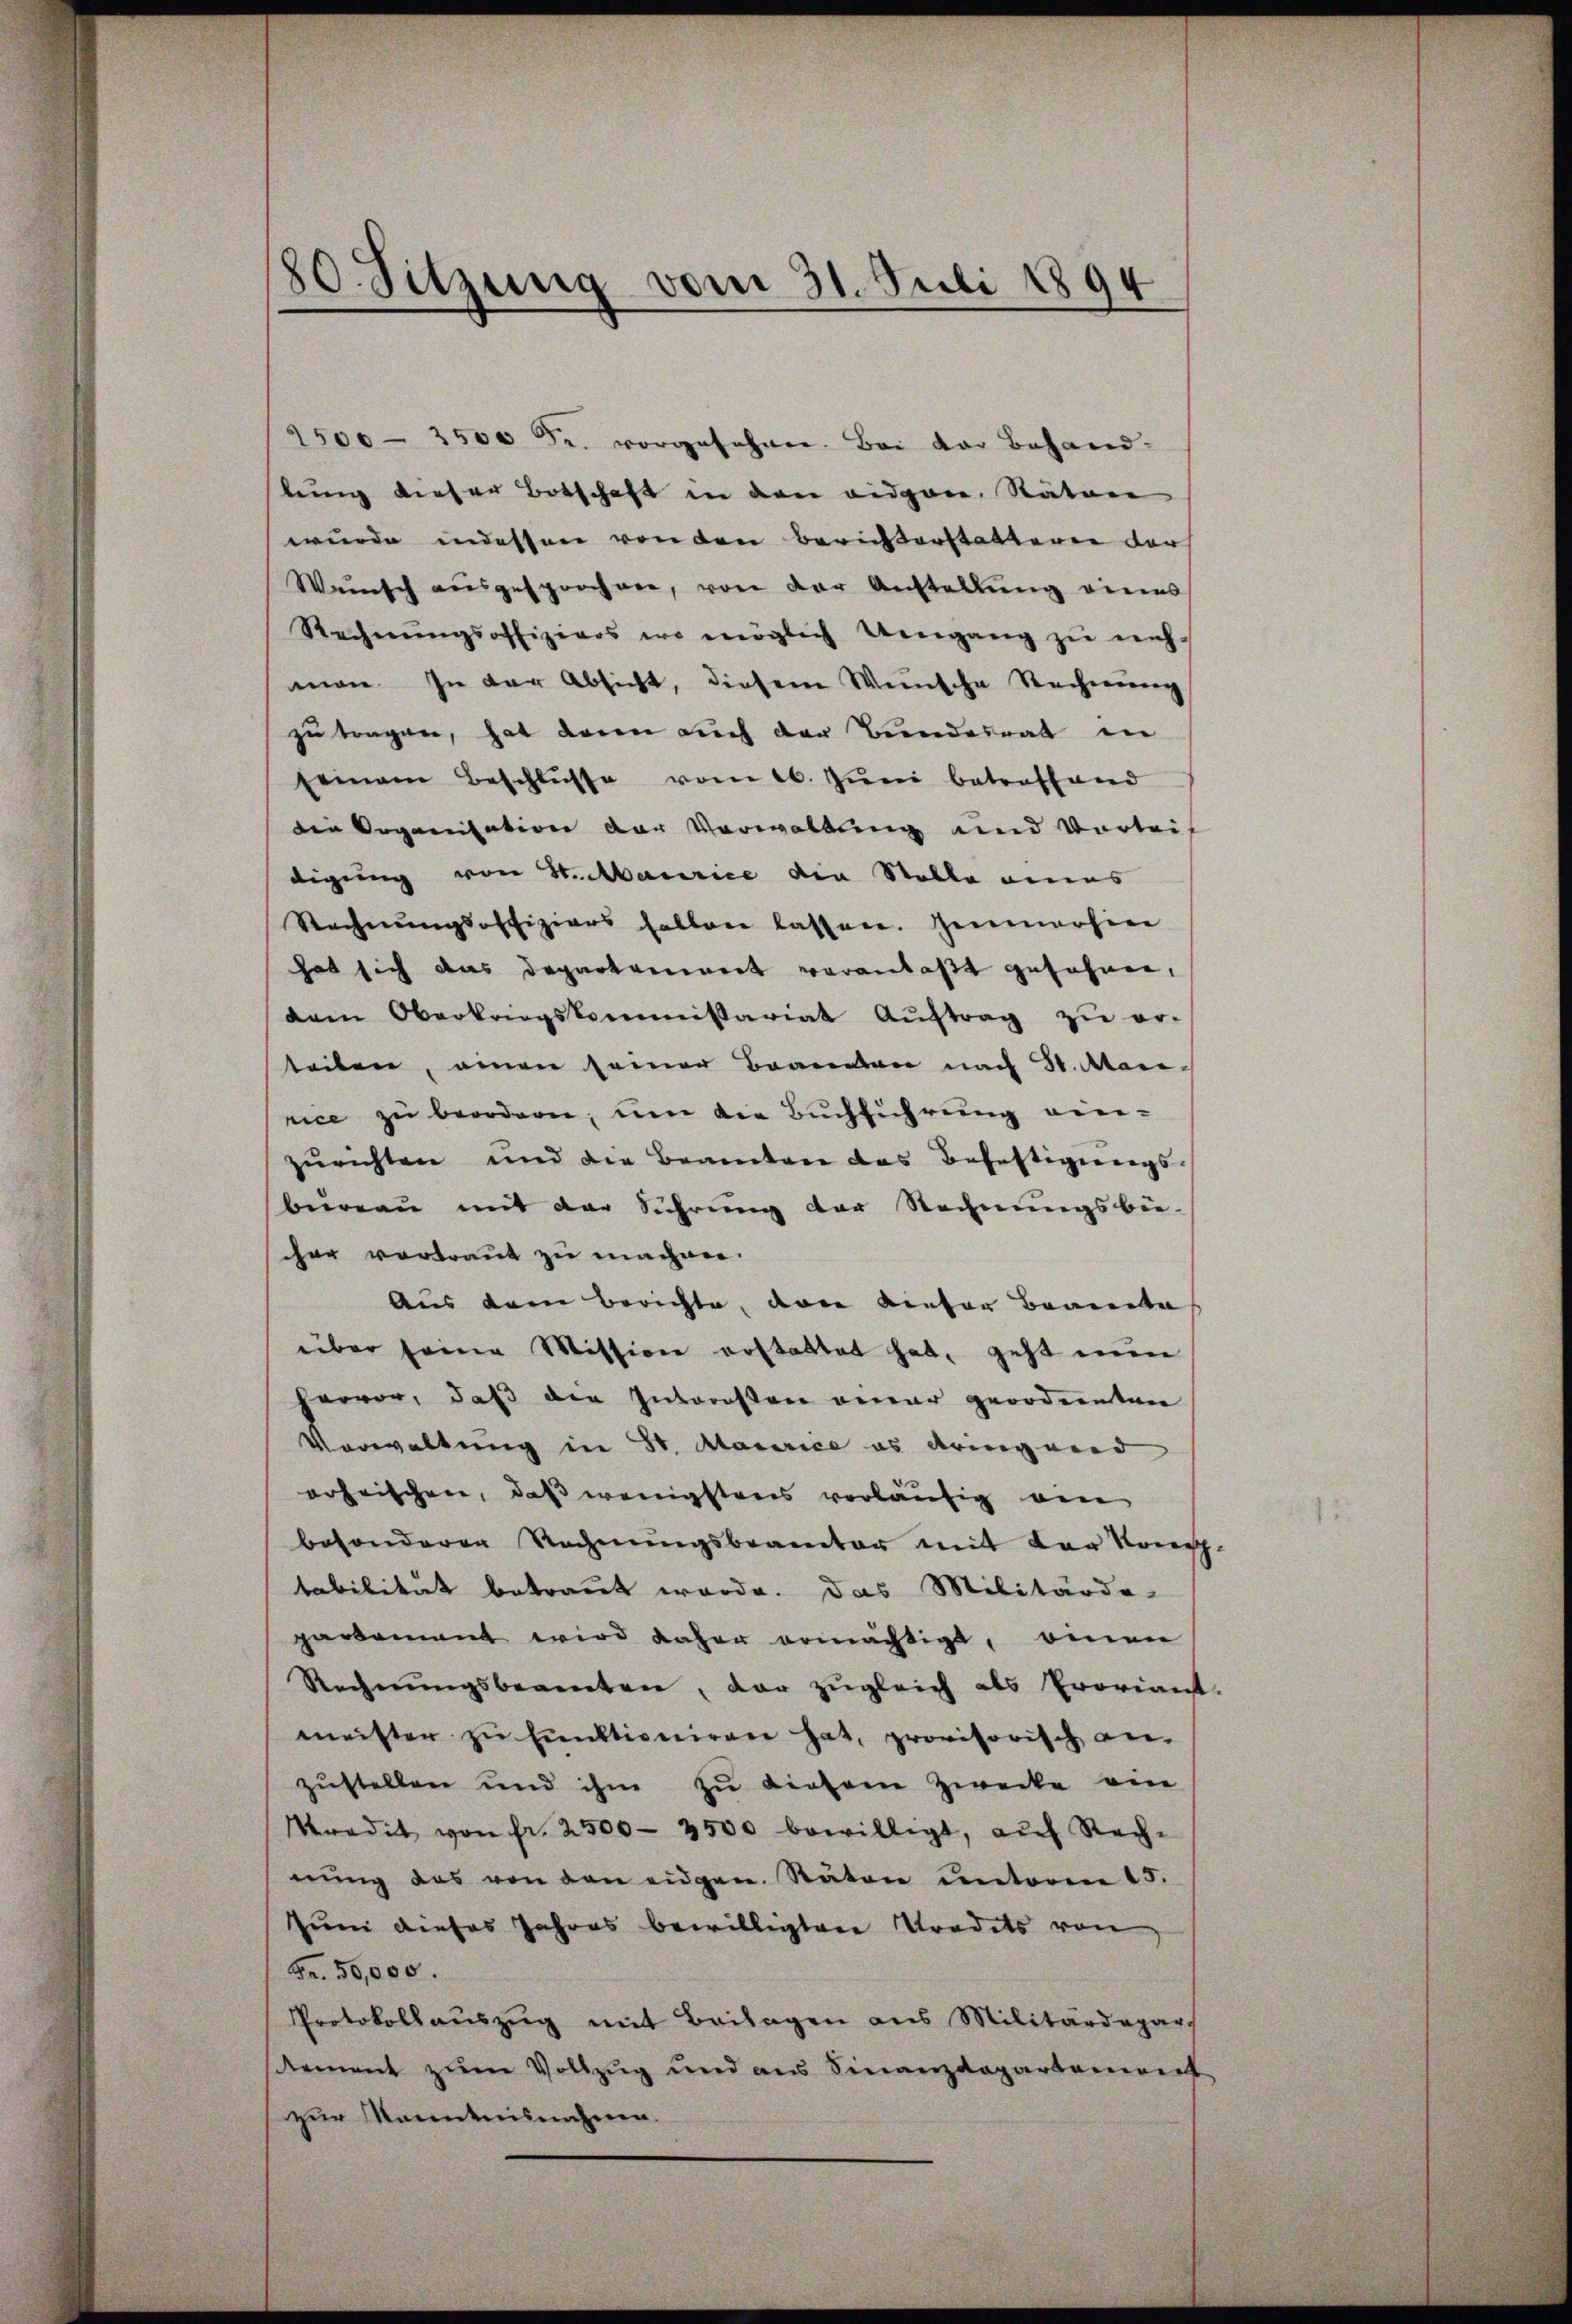
80. Sitzung vom 31. Juli 1894

2500 - 3500 Fr. vorgesehnen. Bei der Behandlung dieser Botschaft in den eidgen. Rätere
wurde indessen von den Berichterstatteren der
Wünsch ausgesprochen, von der Anstellung eines
Rechnŭngsoffiziers wo möglich Umgang zŭ neh-
man. In der Absicht, diesem Wunsche Rechnung
zu tragen, hat deren auch der Bundesrat in
seinem Beschlŭsse vom 26. Juni betreffend
die Organisation der Verwaltung und Vorleis
digung von H. Maurice die Stelle eines
Rechnŭngsoffiziers halten lassen. Immerhin
hat sich das Departement veranlaßt gefahren,
dem Oberkriegskommissariat Aŭftrag zŭ er-
teilen, einen seiner Brannten nach St. Mari-
rice zu beordern, um die Buchführung einzurichten und die Beamten das Befestigungs-
bureau mit der Sührung der Rechnungsbe-
her vortraut zu machen.
Aus dem Berichte, von dieser Beamte
über seine Mission erstattet hat, geht nun
hervor, daß die Interessen einer geordneten
Verwaltung in St. Macarice es dringeend
erheischen, daß wenigstens vorläufig ain
besonderer Rechnungsbeamter mit der Komp.
tabilität betraut werde. Das Militärdo-
paroment wird daher ermächtigt, einen
Rechnŭngsbeamten, dar zŭgleich als Proriant.
meister zu funktioniren hat, provisorisch an-
zŭstellen und ihm zŭ diesem Zwecke am
Stradit von fr. 2500 - 3500 bewilligt, aŭf Rech-
nŭng das von den eidgen. Raten unterm 15.
Juni dieses Jahres bewilligten Stradits von
Fr. 50,000.
Protokollaŭszŭg mit Beilagen aus Militärdepar
lement zum Vollzug und aus Finanzdepartement
zur Kenntnisnahme.